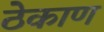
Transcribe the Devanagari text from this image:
ठेकाण